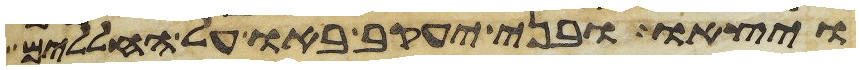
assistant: ויצאו ובני יעקב באו על החללים